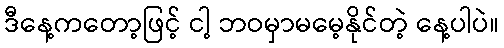
ဒီနေ့ကတော့ဖြင့် ငါ့ ဘဝမှာမမေ့နိုင်တဲ့ နေ့ပါပဲ။